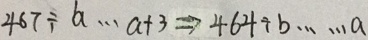
4 6 7 \div b \cdots a + 3 \Rightarrow 4 6 4 \div b \cdots a